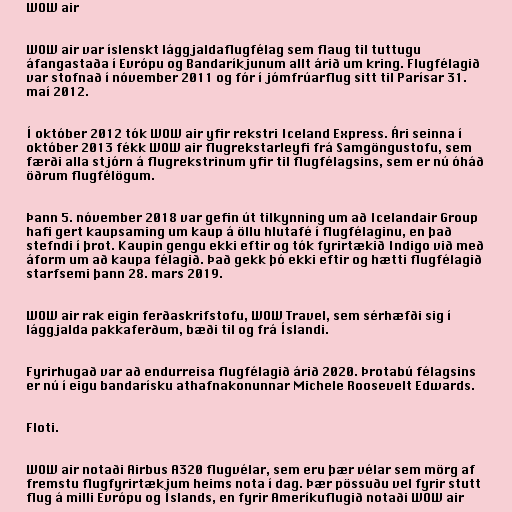
WOW air

WOW air var íslenskt lággjaldaflugfélag sem flaug til tuttugu
áfangastaða í Evrópu og Bandaríkjunum allt árið um kring. Flugfélagið
var stofnað í nóvember 2011 og fór í jómfrúarflug sitt til Parísar 31.
maí 2012.

Í október 2012 tók WOW air yfir rekstri Iceland Express. Ári seinna í
október 2013 fékk WOW air flugrekstarleyfi frá Samgöngustofu, sem
færði alla stjórn á flugrekstrinum yfir til flugfélagsins, sem er nú óháð
öðrum flugfélögum.

Þann 5. nóvember 2018 var gefin út tilkynning um að Icelandair Group
hafi gert kaupsaming um kaup á öllu hlutafé í flugfélaginu, en það
stefndi í þrot. Kaupin gengu ekki eftir og tók fyrirtækið Indigo við með
áform um að kaupa félagið. Það gekk þó ekki eftir og hætti flugfélagið
starfsemi þann 28. mars 2019.

WOW air rak eigin ferðaskrifstofu, WOW Travel, sem sérhæfði sig í
lággjalda pakkaferðum, bæði til og frá Íslandi.

Fyrirhugað var að endurreisa flugfélagið árið 2020. Þrotabú félagsins
er nú í eigu bandarísku athafnakonunnar Michele Roosevelt Edwards.

Floti.

WOW air notaði Airbus A320 flugvélar, sem eru þær vélar sem mörg af
fremstu flugfyrirtækjum heims nota í dag. Þær pössuðu vel fyrir stutt
flug á milli Evrópu og Íslands, en fyrir Ameríkuflugið notaði WOW air